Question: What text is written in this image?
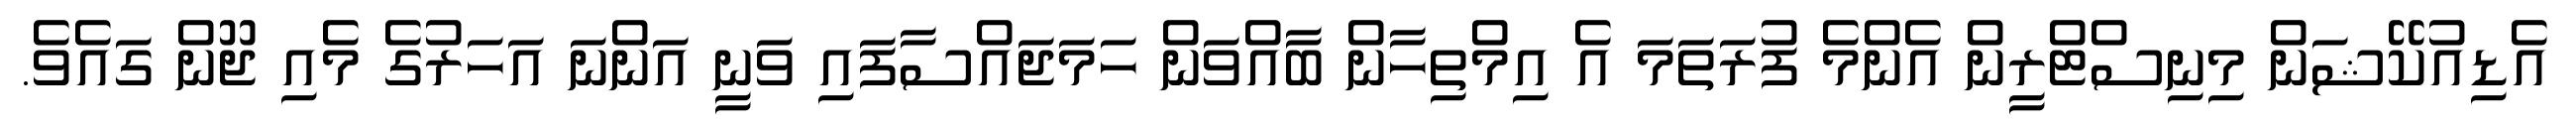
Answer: އެޑިއުކޭޝަން މިނިސްޓްރީން އެންމެ ފުރަތަމަ އެ އިމްތިހާން ބާއްވަން ހަމަޖައްސާފައި ވަނީ އަންނަ އަހަރުގެ މެއި ޖޫން ގައެވެ.